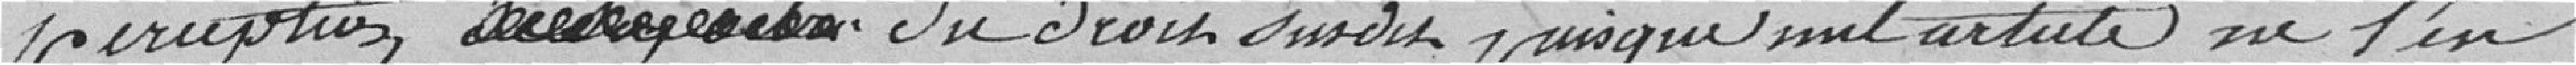
parution *** du droit du dit puisque son article ne l'in